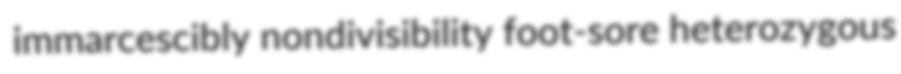
immarcescibly nondivisibility foot-sore heterozygous